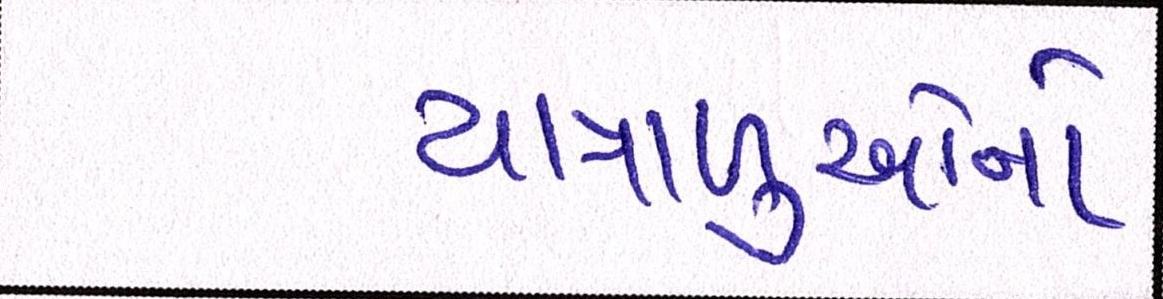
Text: યાત્રાળુઓનો